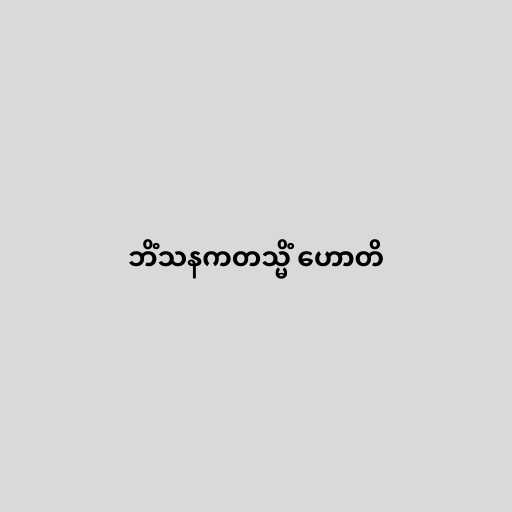
ဘိံသနကတသ္မိံ ဟောတိ